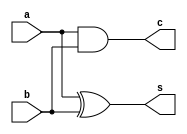
`timescale 1ns / 1ps

module adder(//half adder with sum(s) and carry(c)
    input a,
    input b,
    output s,
    output c
    );
    xor x1(s,a,b);
    and a1(c,a,b);
endmodule 

module fulladder(//full adder with carryin(cin), carryout(cout) and sum(s)
input a,b,cin,
output sum,cout
    );
    wire hsum,hc1,hc2;
    adder p1(a,b,hsum,hc1);
    adder q1(hsum,cin,sum,hc2);
    or o(cout,hc1,hc2);
endmodule